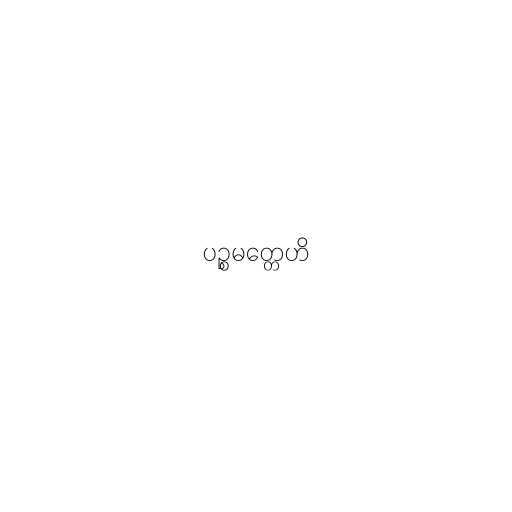
ပဉ္စမတ္တေဟိ